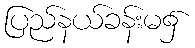
ပြည်နယ်ခန်းမ၌